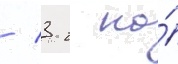
/ 3 г на́